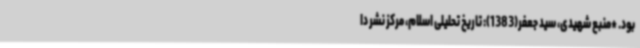
بود. *منبع شهیدی، سید جعفر(1383): تاریخ تحلیلی اسلام، مرکز نشر دا